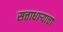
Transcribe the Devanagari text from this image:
सत्ताधार्‍याचा